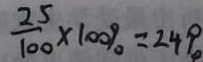
\frac { 2 5 } { 1 0 0 } \times 1 0 0 \% = 2 4 \%